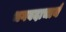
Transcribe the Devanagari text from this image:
भगवदाचार्य